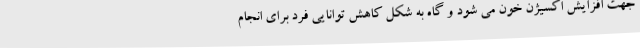
جهت افزایش اکسیژن خون می شود و گاه به شکل کاهش توانایی فرد برای انجام